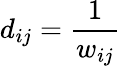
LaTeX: d_{ij}=\frac{1}{w_{ij}}